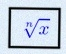
\sqrt[n]{x}